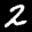
Label: 2